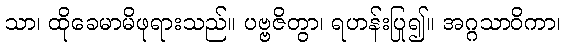
သာ၊ ထိုခေမာမိဖုရားသည်။ ပဗ္ဗဇိတွာ၊ ရဟန်းပြု၍။ အဂ္ဂသာဝိကာ၊